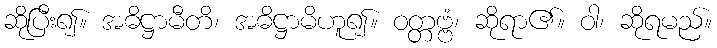
ဆိုပြီး၍။ အဓိဋ္ဌာမီတိ၊ အဓိဋ္ဌာမိဟူ၍။ ဝတ္တဗ္ဗံ၊ ဆိုရာ၏။ ဝါ၊ ဆိုရမည်။